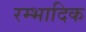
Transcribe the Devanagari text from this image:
रम्‍भादिक